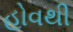
હોવથી